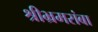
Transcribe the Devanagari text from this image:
श्रीभ्रमरांबा